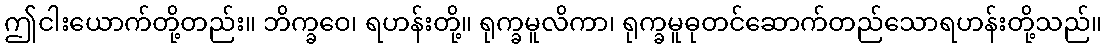
ဤငါးယောက်တို့တည်း။ ဘိက္ခဝေ၊ ရဟန်းတို့။ ရုက္ခမူလိကာ၊ ရုက္ခမူဓုတင်ဆောက်တည်သောရဟန်းတို့သည်။